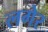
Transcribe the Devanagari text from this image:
लगेर